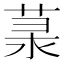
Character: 𦲙